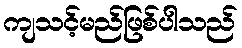
ကျသင့်မည်ဖြစ်ပါသည်